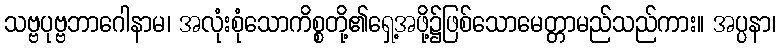
သဗ္ဗပုဗ္ဗဘာဂေါနာမ၊ အလုံးစုံသောကိစ္စတို့၏ရှေ့အဖို့၌ဖြစ်သောမေတ္တာမည်သည်ကား။ အပ္ပနာ၊